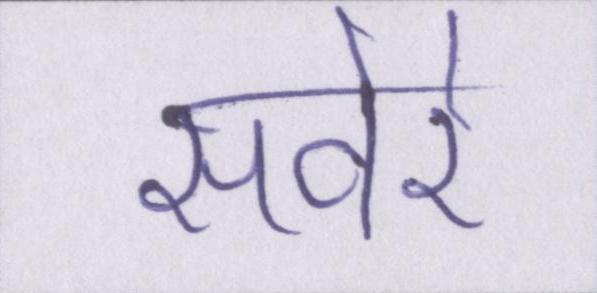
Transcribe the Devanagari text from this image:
सवेरे